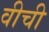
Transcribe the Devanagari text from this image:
वीची